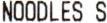
NOODLES S